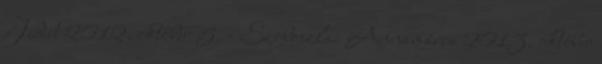
Judit 2012. október 5. - Szoboszlai Annamária 2013. október